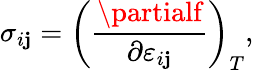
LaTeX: \sigma_{i\mathbf{j}}=\left({\frac{{\partialf}}{{\partial\varepsilon_{i\mathbf{j}}}}}\right)_{T},